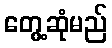
တွေ့ဆုံမည်